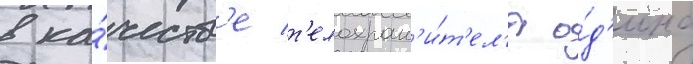
в ка́честв'е т'елохран'и́т'ел'я о́д'ина